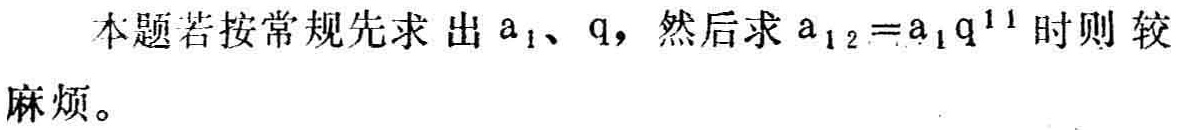
本题若按常规先求出\(a_{1}\)、\(q\)，然后求\(a_{12}=a_{1}q^{11}\)时则较麻烦。